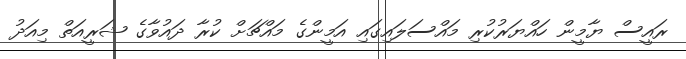
ރައީސް ޔާމީން ހައްޔަރުކުރި މައްސަލައިގައި އަމީންގެ މައްޗަށް ކުރާ ދައުވާގެ ޝަރީއަތް މިއަދު